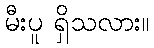
မီးပူ ရှိသလား။